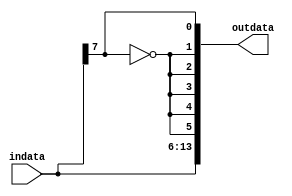
module sign_extend_and_amplify #(parameter indata_width = 8,
parameter outdata_width = 14)
(input [indata_width-1:0] indata, 
output [outdata_width-1:0] outdata);

 

localparam bits_to_sign_extend = outdata_width-indata_width;
localparam bits_to_sign_extend_minus_1 = bits_to_sign_extend-1;
wire [bits_to_sign_extend-1:0] sign_extension_LSBs = {{bits_to_sign_extend_minus_1{~indata[indata_width-1]}},indata[indata_width-1]};

generate
			if (outdata_width <= indata_width)
			    assign outdata = indata[indata_width-1 -:outdata_width];
			else
				assign outdata = {indata,sign_extension_LSBs};
endgenerate
endmodule